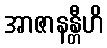
အာဇာနန္တီဟိ